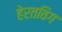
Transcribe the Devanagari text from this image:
हेरतविग